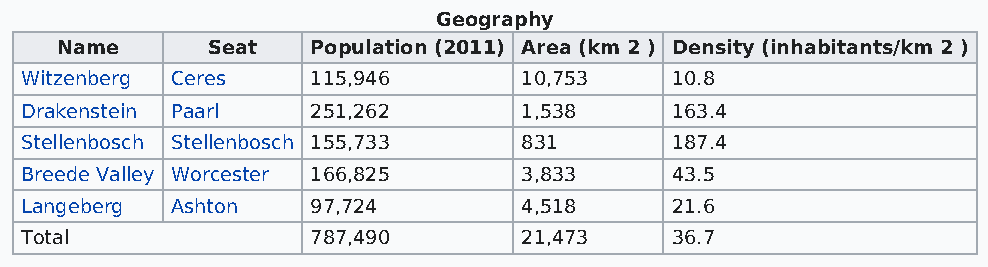
Geography
 Name      Seat   Population (2011) Area (km 2 ) Density (inhabitants/km 2 )
 Witzenberg Ceres    115,946       10,753   10.8
 Drakenstein Paarl   251,262       1,538    163.4
 Stellenbosch Stellenbosch 155,733 831      187.4
 Breede Valley Worcester 166,825   3,833    43.5
 Langeberg Ashton    97,724        4,518    21.6
 Total               787,490       21,473   36.7